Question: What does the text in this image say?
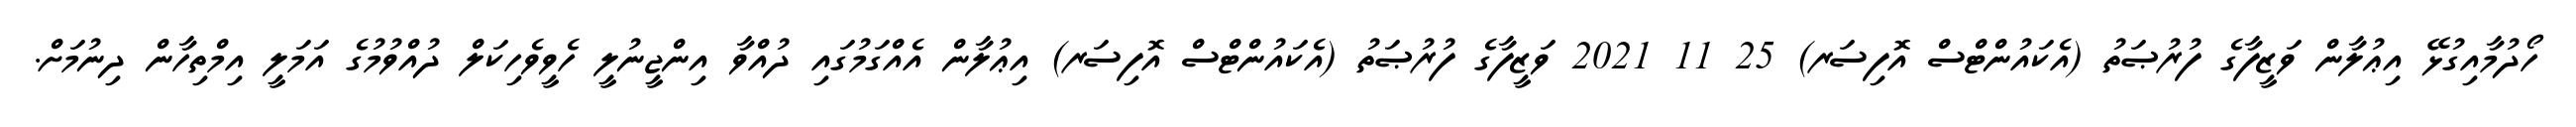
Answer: ހޯދުމާއިގުޅޭ އިޢުލާން ވަޒީފާގެ ފުރުޞަތު (އެކައުންޓްސް އޮފިސަރ) 25 11 2021 ވަޒީފާގެ ފުރުޞަތު (އެކައުންޓްސް އޮފިސަރ) އިޢުލާން އެއްގަމުގައި ދުއްވާ އިންޖީނުލީ ހެވީވެހިކަލް ދުއްވުމުގެ އަމަލީ އިމްތިހާން ދިނުމަށް.